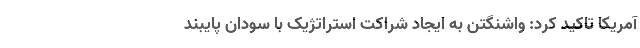
آمریکا تاکید کرد: واشنگتن به ایجاد شراکت استراتژیک با سودان پایبند